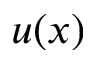
u ( x )